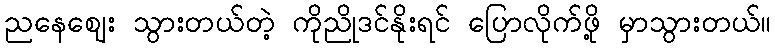
ညနေဈေး သွားတယ်တဲ့ ကိုညိုဒင်နိုးရင် ပြောလိုက်ဖို့ မှာသွားတယ်။